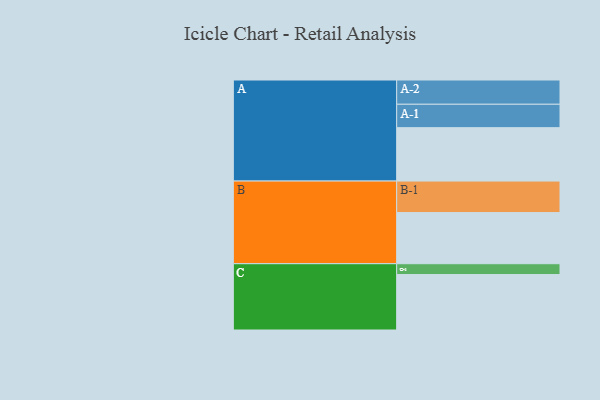
{"axis": {"x": "Segment", "y": "Value"}, "legend": ["", "A", "B", "C"], "data": [{"x": "A", "y": 493, "type": ""}, {"x": "B", "y": 472, "type": ""}, {"x": "C", "y": 512, "type": ""}, {"x": "A-1", "y": 216, "type": "A"}, {"x": "A-2", "y": 224, "type": "A"}, {"x": "B-1", "y": 291, "type": "B"}, {"x": "C-1", "y": 100, "type": "C"}]}